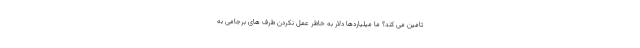
تامین می کند؟ ما میلیاردها دلار به خاطر عمل نکردن طرف های برجامی به